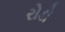
રોડો